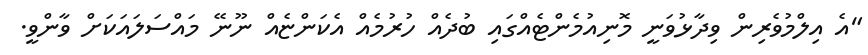
"އެ އިލްމުވެރިން ވިދާޅުވަނީ މޮނިއުމެންޓެއްގައި ބުދެއް ހުރުމެއް އެކަންޏެއް ނޫނޭ މައްސަލައަކަށް ވާންވީ.